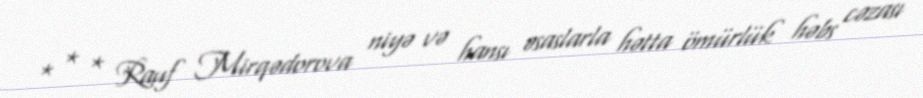
* * * Rauf Mirqədorova niyə və hansı əsaslarla hətta ömürlük həbs cəzası